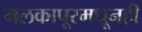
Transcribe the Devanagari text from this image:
मलकापूरमधूनही